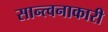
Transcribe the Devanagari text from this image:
सान्त्वनाकारी